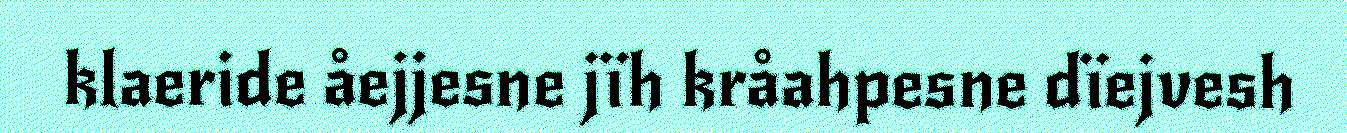
klaeride åejjesne jïh kråahpesne dïejvesh